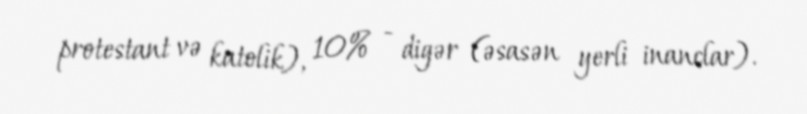
protestant və katolik), 10% - digər (əsasən yerli inanclar).